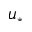
u _ { \ast }